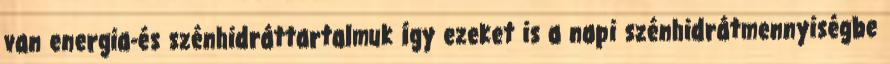
van energia-és szénhidráttartalmuk így ezeket is a napi szénhidrátmennyiségbe